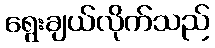
ရွေးချယ်လိုက်သည်